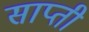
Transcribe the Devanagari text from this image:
साप्ती